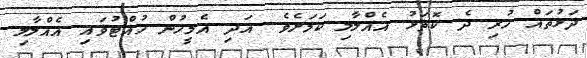
ދަޅުތައް ހުރި ދެ ކޮތަޅު އެއްލާލި ކަމަށެވެ. އަދި އެމީހުން ހުއްޓުވައި އެއްލާލި